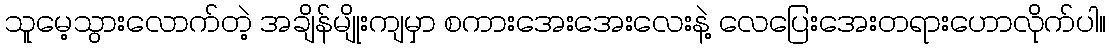
သူမေ့သွားလောက်တဲ့ အချိန်မျိုးကျမှာ စကားအေးအေးလေးနဲ့ လေပြေးအေးတရားဟောလိုက်ပါ။